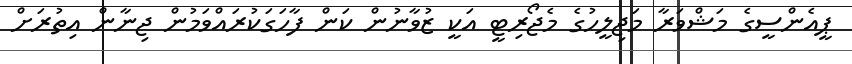
ޕީއެންސީގެ މަޝްވަރާ މަޖިލީހުގެ މެޖޯރިޓީ އަކީ ޒުވާނުން ކަން ފާހަގަކުރައްވަމުން ޖިނާން އިތުރަށް